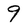
Character: 9